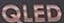
QLED